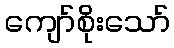
ကျော်စိုးသော်